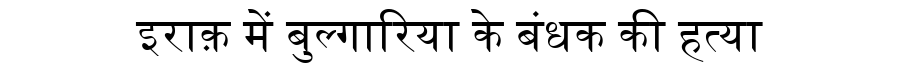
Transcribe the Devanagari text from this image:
इराक़ में बुल्गारिया के बंधक की हत्या